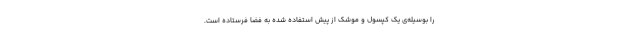
را بوسیله‌ی یک کپسول و موشک از پیش استفاده شده به فضا فرستاده است.